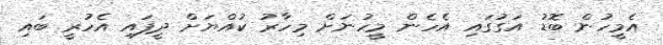
އެމީހުން ބޮޑު އަގުގައި އެހެން މީހުނަށް މިހާރު ކުއްޔަށް ދީފައި އެހުރީ ބައި